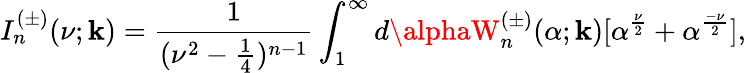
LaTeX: I_{n}^{(\pm)}(\nu;\mathbf{k})=\frac{{1}}{{(\nu^{2}-\frac{{1}}{{4}})^{n-1}}}\int_{1}^{\infty}d\alphaW_{n}^{(\pm)}(\alpha;\mathbf{k})[\alpha^{\frac{{\nu}}{{2}}}+\alpha^{\frac{{-\nu}}{{2}}}],